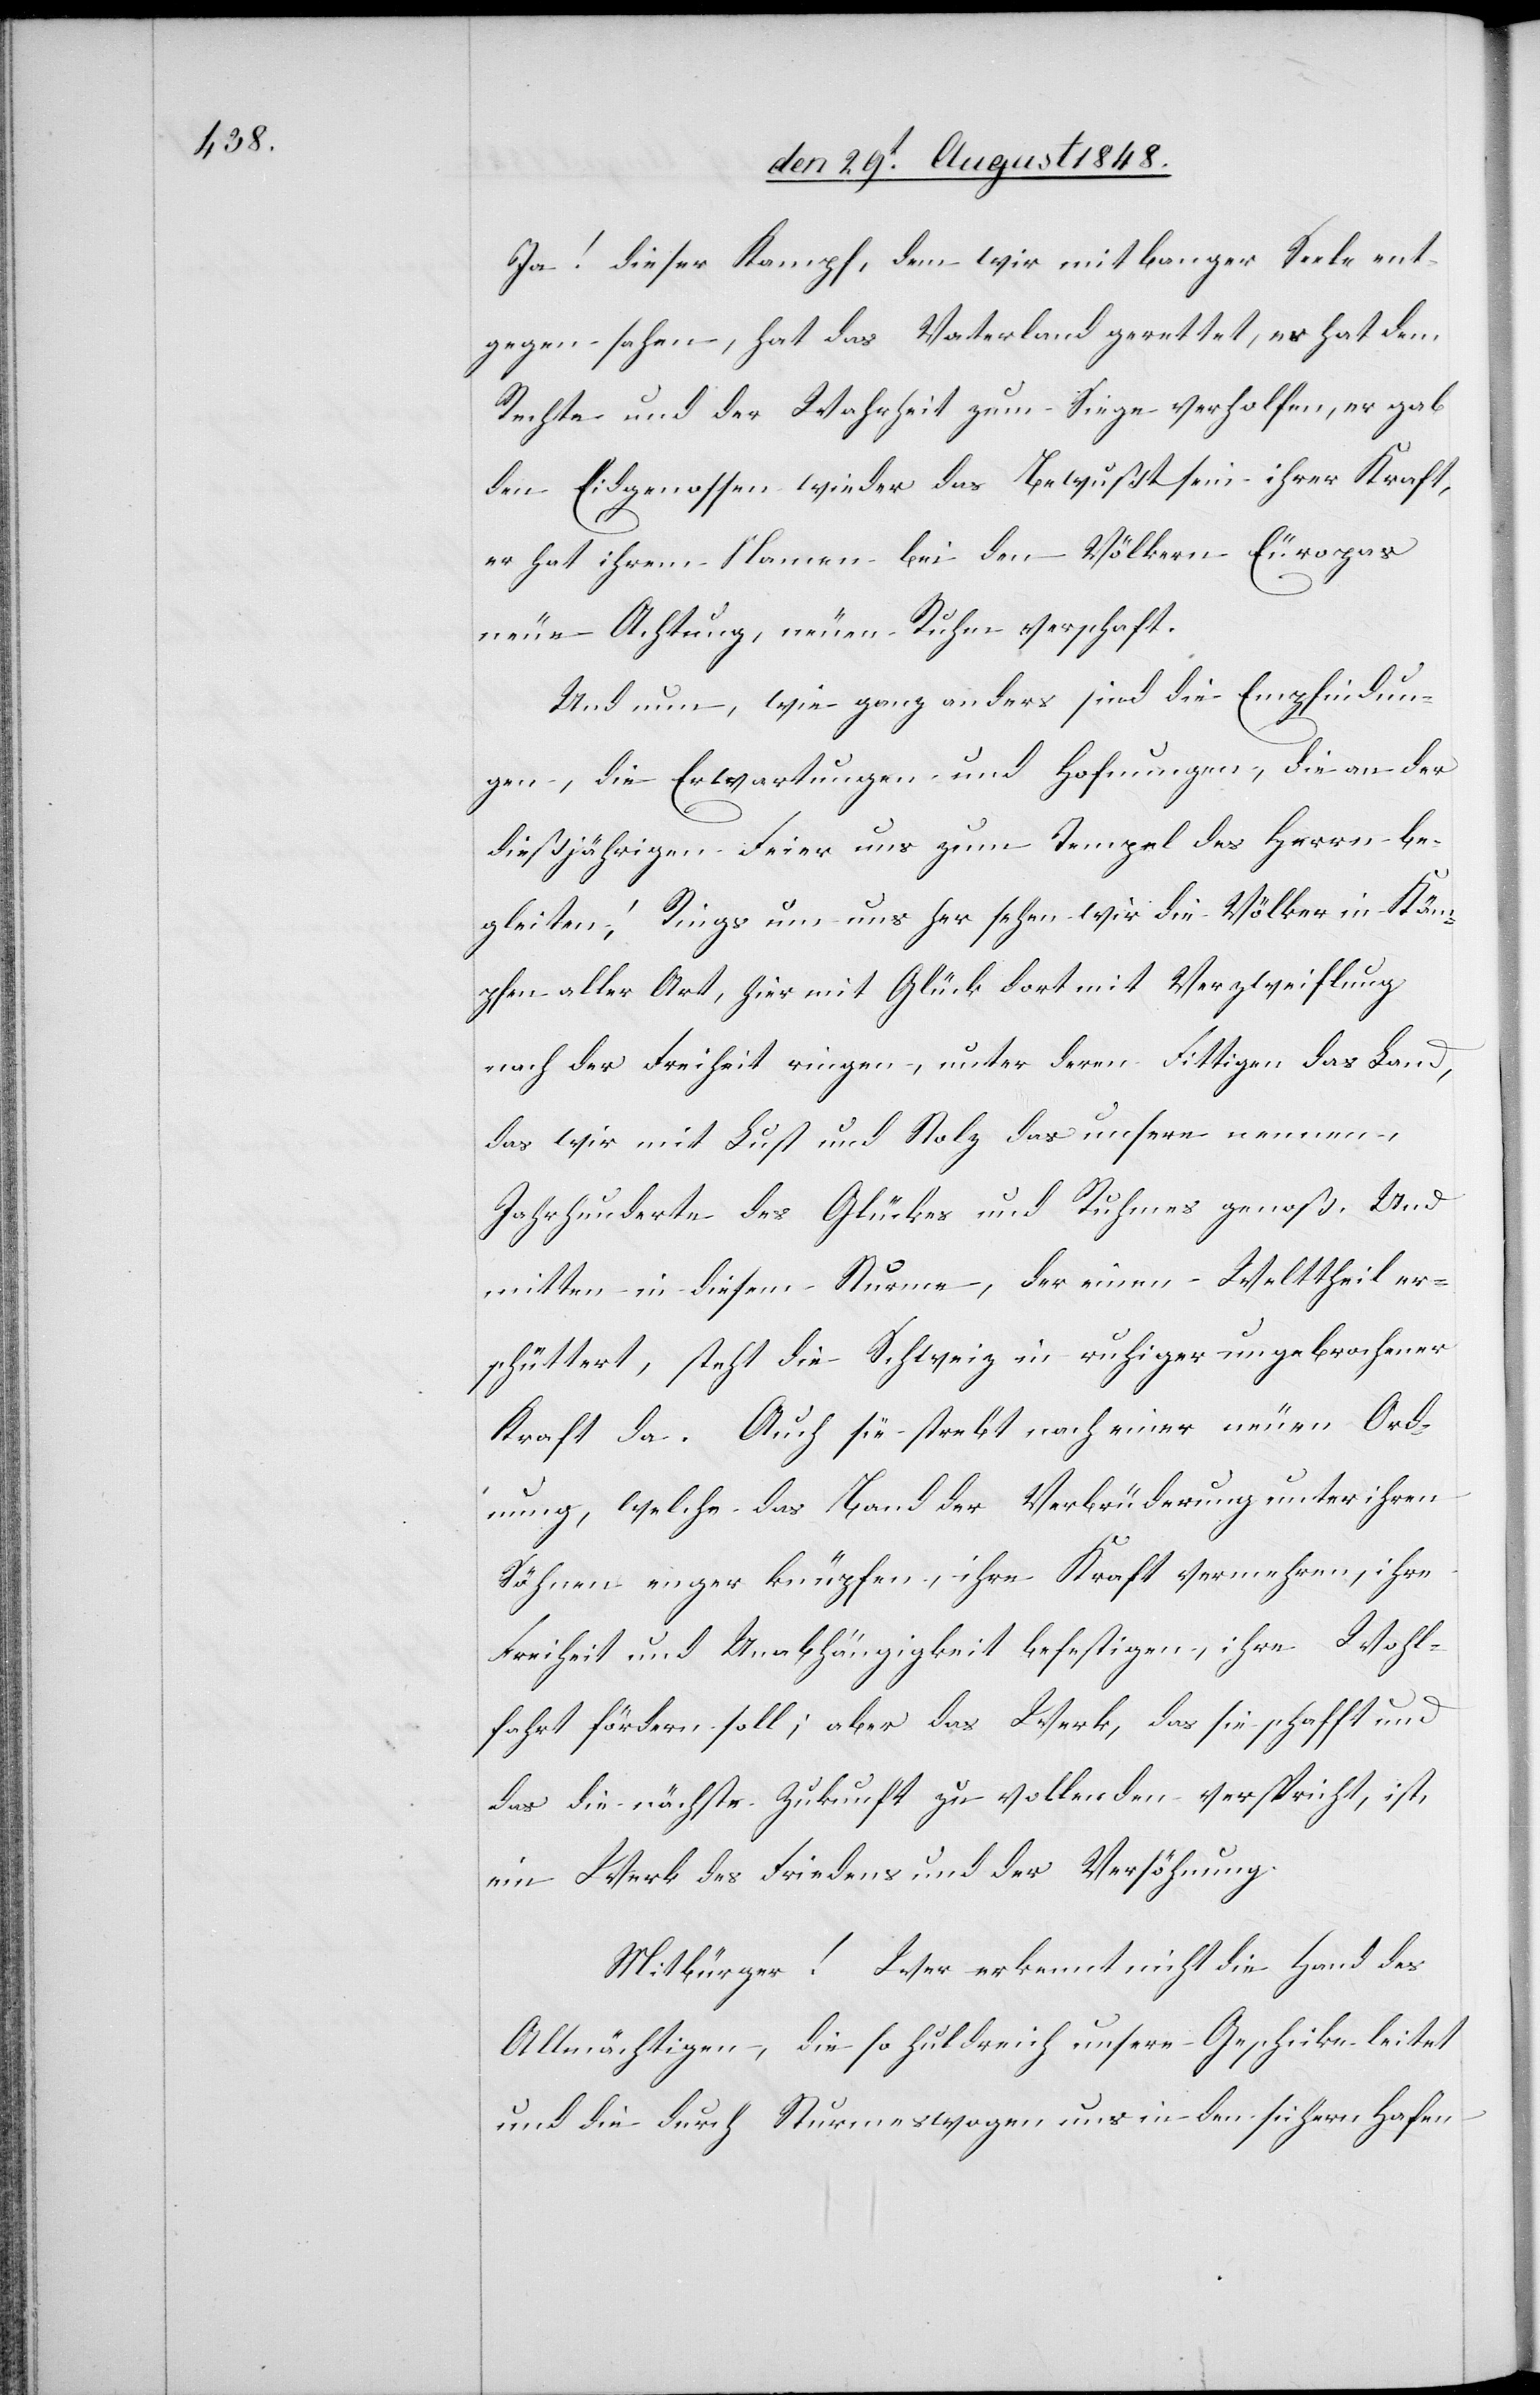
Ja! dieser Kampf, dem wir mit banger Seele ent¬
gegen sahen, hat das Vaterland gerettet, es hat dem
Rechte und der Wahrheit zum Siege verholfen, es gab
den Eidgenossen wieder das Bewußtsein ihrer Kraft,
er hat ihrem Namen bei den Völkern Europas
neue Achtung, neue Ruhe verschaft.
Und nun, wie ganz anders sind die Empfindun¬
gen, die Erwartungen und Hoffnungen, die an der
dießjährigen Feier uns zum Tempel des Herrn be¬
leiten; Rings um uns her sehen wir die Völker in Käm¬
pfen aller Art, hier mit Glück dort mit Verzweiflung
nach der Freiheit ringen, unter deren Fittigen das Land,
das wir mit Lust und Stolz das unsere nennen,
Jahrhunderte des Glückes und Ruhens genoß. Und
mitten in diesem Sturme, der einen Welttheil er¬
schüttert, steht die Schweiz in ruhiger ungebrochener
Kraft da. Auch sie strebt nach einer neuen Ord¬
nung, welche das Band der Verbrüderung unter ihren
Söhnen enger knüpfen, ihre Kraft vermehren, ihre
Freiheit und Unabhängigkeit befestigen, ihre Wohl¬
fahrt fördern soll; aber das Werk, das sie schafft und
das die nächste Zukunft zu vollenden verspricht, ist,
ein Werk des Friedens und der Versöhnung.
Mitbürger! Wer erkennt nicht die Hand des
Allmächtigen, die so holdreich unsere Geschicke leitet
und die durch Sturmeswogen uns in den sichern Hafen